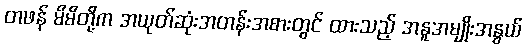
တဖန် မိမိတို့က အယုတ်ဆုံးအတန်းအစားတွင် ထားသည့် အနူအမျိုးအနွယ်